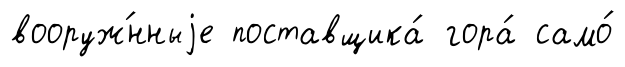
вооруж́нныjе поставщика́ гора́ само́